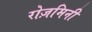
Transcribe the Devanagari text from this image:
रोज़मिनी